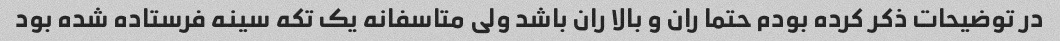
در توضیحات ذکر کرده بودم حتما ران و بالا ران باشد ولی متاسفانه یک تکه سینه فرستاده شده بود